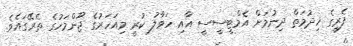
ފެރީގެ ޚިދުމަތް ދިނުމަށް އެމްޓީސީސީ އާއި ހަވާލު ކުރީ މިއަހަރުގެ ޖޫންމަހުގެ ތެރޭގައެވެ.